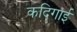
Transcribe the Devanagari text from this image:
कदिगाई